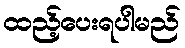
ထည့်ပေးရပါမည်